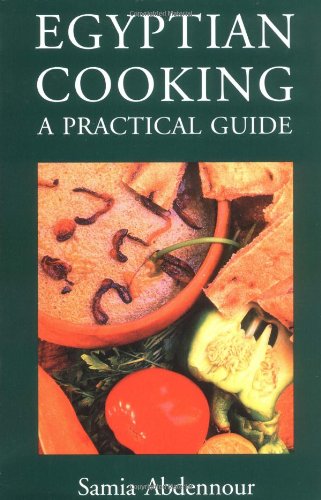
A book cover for Egyptian Cooking: A Practical Guide; Samia Abdennour; Cookbooks, Food & Wine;